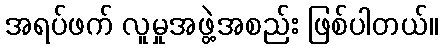
အရပ်ဖက် လူမှုအဖွဲ့အစည်း ဖြစ်ပါတယ်။